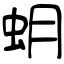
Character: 蚏